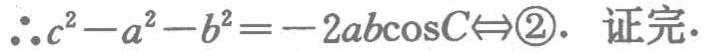
\(\therefore c^{2}-a^{2}-b^{2}=-2ab\cos C\Leftrightarrow\textcircled{2}.\) 证完.